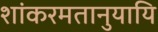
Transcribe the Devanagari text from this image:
शांकरमतानुयायि